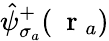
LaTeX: \hat{\psi}_{\sigma_{a}}^{+}(\mathrm{~\mathbf~r~}_{a})